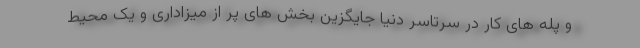
و پله های کار در سرتاسر دنیا جایگزین بخش های پر از میزاداری و یک محیط